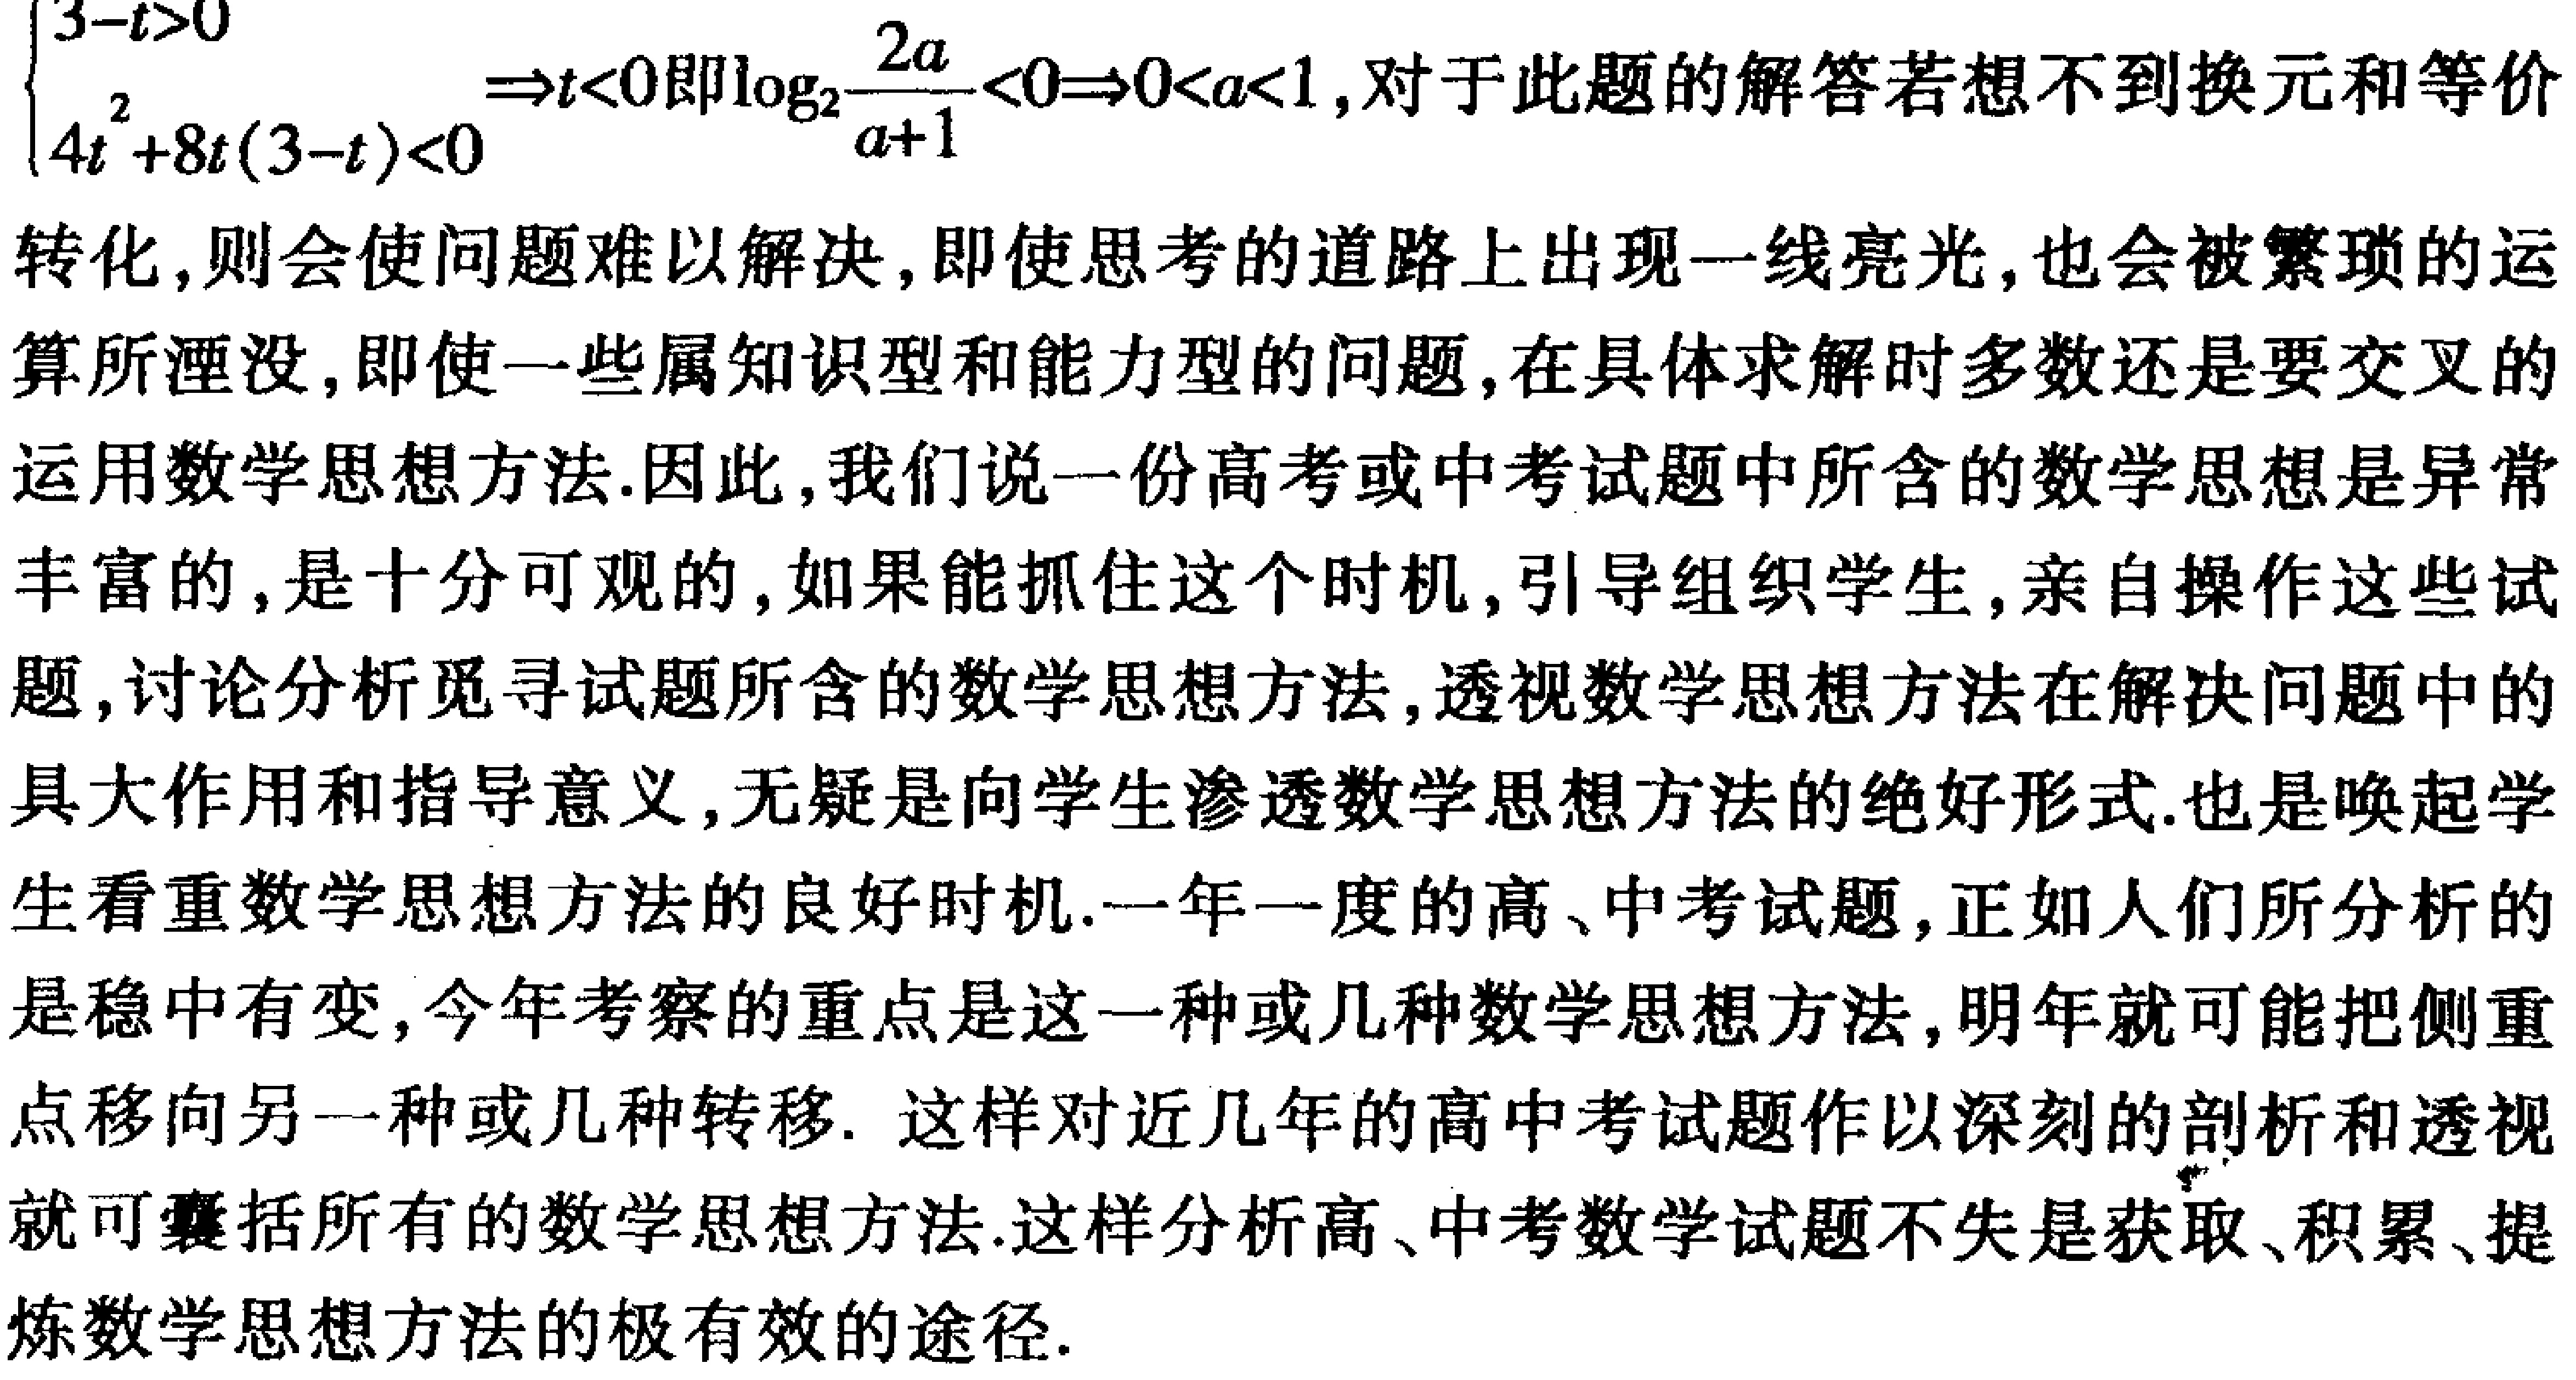
$\begin{cases}

3 - t > 0 \\

4t^{2}+8t(3 - t)<0

\end{cases}\Rightarrow t < 0即\log_{2}\frac{2a}{a + 1}<0\Rightarrow0 < a < 1$,对于此题的解答若想不到换元和等价转化,则会使问题难以解决,即使思考的道路上出现一线亮光,也会被繁琐的运算所湮没,即使一些属知识型和能力型的问题,在具体求解时多数还是要交叉的运用数学思想方法.因此,我们说一份高考或中考试题中所含的数学思想是异常丰富的,是十分可观的,如果能抓住这个时机,引导组织学生,亲自操作这些试题,讨论分析觅寻试题所含的数学思想方法,透视数学思想方法在解决问题中的具大作用和指导意义,无疑是向学生渗透数学思想方法的绝好形式.也是唤起学生看重数学思想方法的良好时机.一年一度的高、中考试题,正如人们所分析的是稳中有变,今年考察的重点是这一种或几种数学思想方法,明年就可能把侧重点移向另一种或几种转移. 这样对近几年的高中考试题作以深刻的剖析和透视就可囊括所有的数学思想方法.这样分析高、中考数学试题不失是获取、积累、提炼数学思想方法的极有效的途径.